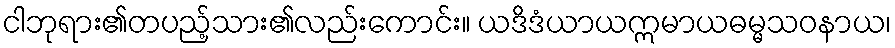
ငါဘုရား၏တပည့်သား၏လည်းကောင်း။ ယဒိဒံယာယဣမာယဓမ္မသဝနာယ၊